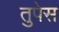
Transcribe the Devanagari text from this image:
तुपेस